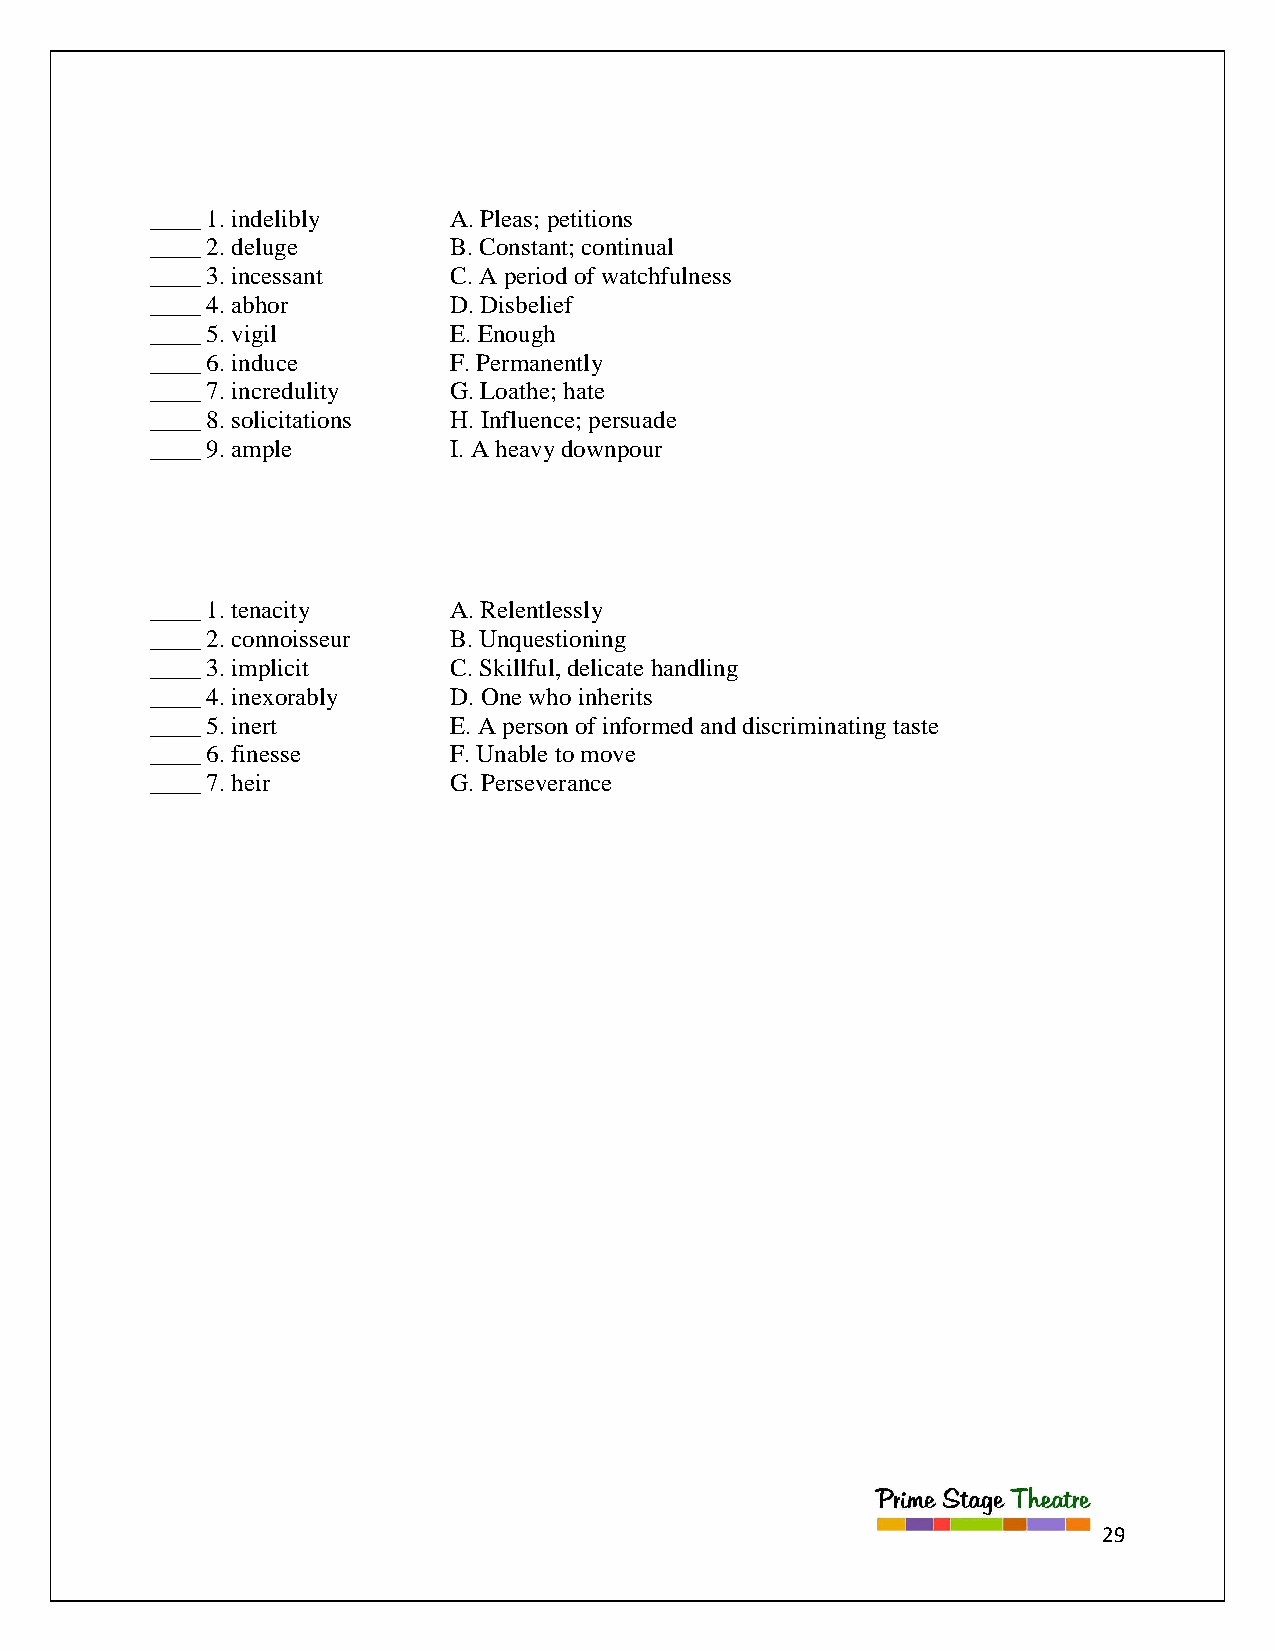
____ 1. indelibly   A. Pleas; petitions
 ____ 2. deluge      B. Constant; continual
 ____ 3. incessant   C. A period of watchfulness
 ____ 4. abhor       D. Disbelief
 ____ 5. vigil       E. Enough
 ____ 6. induce      F. Permanently
 ____ 7. incredulity G. Loathe; hate
 ____ 8. solicitations H. Influence; persuade
 ____ 9. ample       I. A heavy downpour
 ____ 1. tenacity    A. Relentlessly
 ____ 2. connoisseur B. Unquestioning
 ____ 3. implicit    C. Skillful, delicate handling
 ____ 4. inexorably  D. One who inherits
 ____ 5. inert       E. A person of informed and discriminating taste
 ____ 6. finesse     F. Unable to move
 ____ 7. heir        G. Perseverance
 29